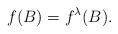
LaTeX: \begin{align*}f(B)&= f^\lambda(B) .\end{align*}